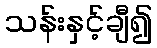
သန်းနှင့်ချီ၍